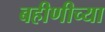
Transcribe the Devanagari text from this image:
बहीणीच्या